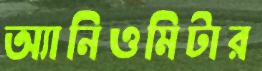
অ্যানিওমিটার